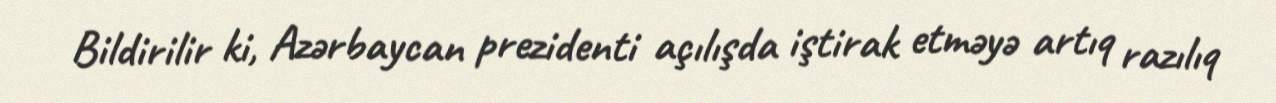
Bildirilir ki, Azərbaycan prezidenti açılışda iştirak etməyə artıq razılıq